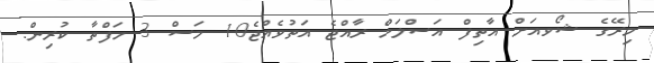
މިރޭގެ ޝޯވއަށް އާތިފް އަސްލަމް ރާއްޖެ އަތުވެއްޖެ10 މަސް 3 ހަފްތާ ކުރިން.